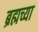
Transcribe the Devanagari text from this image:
ब्रह्मच्या